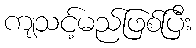
ကျသင့်မည်ဖြစ်ပြီး